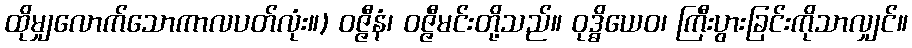
ထိုမျှလောက်သောကာလပတ်လုံး။) ဝဇ္ဇီနံ၊ ဝဇ္ဇီမင်းတို့သည်။ ဝုဒ္ဓိယေဝ၊ ကြီးပွားခြင်းကိုသာလျှင်။